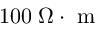
1 0 0 \; \Omega \cdot \mathrm { ~ m ~ }